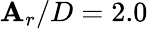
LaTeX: \mathbf{A}_{r}/D=2.0